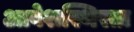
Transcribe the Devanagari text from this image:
आवेशस्थिरता